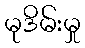
မုဒိမ်းမှု